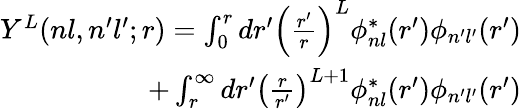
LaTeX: \begin{array}{r}{Y^{L}(nl,n^{\prime}l^{\prime};r)=\int_{0}^{r}dr^{\prime}\left(\frac{r^{\prime}}{r}\right)^{L}\phi_{nl}^{*}(r^{\prime})\phi_{n^{\prime}l^{\prime}}(r^{\prime})}\\ {+\int_{r}^{\infty}dr^{\prime}\left(\frac{r}{r^{\prime}}\right)^{L+1}\phi_{nl}^{*}(r^{\prime})\phi_{n^{\prime}l^{\prime}}(r^{\prime})}\end{array}